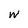
Character: w